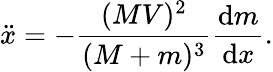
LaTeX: \ddot{x}=-\frac{(MV)^{2}}{(M+m)^{3}}\frac{\textrm{d}m}{\textrm{d}x}.